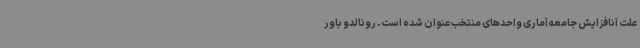
علت آنافزایش جامعه آماری واحدهای منتخب عنوان شده است. رونالدو باور